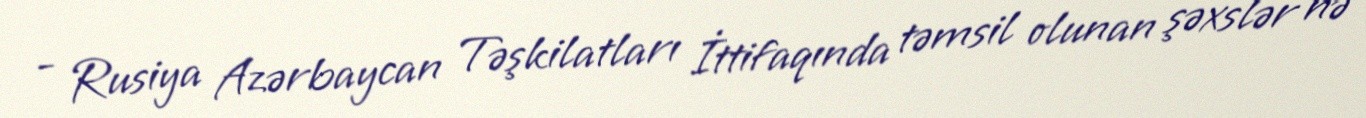
- Rusiya Azərbaycan Təşkilatları İttifaqında təmsil olunan şəxslər nə